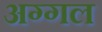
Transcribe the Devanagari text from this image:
अग्गल